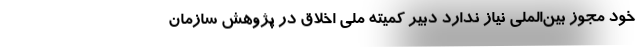
خود مجوز بین‌الملی نیاز ندارد دبیر کمیته ملی اخلاق در پژوهش سازمان